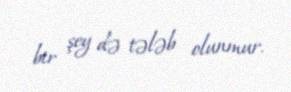
bir şey də tələb olunmur.